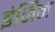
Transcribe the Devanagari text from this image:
इंजिन